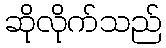
ဆိုလိုက်သည်